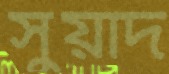
সুয়াদ